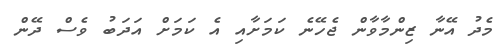
މެދު އޭނާ ޒިންމާވާން ޖެހޭނެ ކަމަށާއި އެ ކަމަށް އަދަބު ވެސް ދޭން